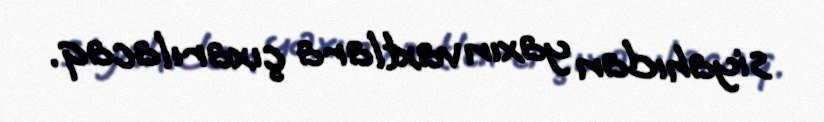
siyahıdan yaxın vaxtlara çıxarılacaq.